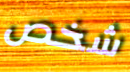
شخص